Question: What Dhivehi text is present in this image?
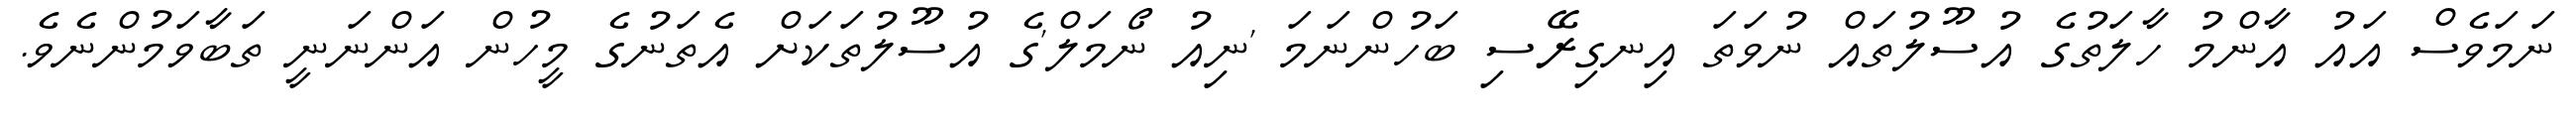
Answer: ނަމަވެސް އައު އާންމު ހާލަތުގެ އުސޫލުތައް ނުވަތަ އިނގިރޭސި ބަހުންނަމަ 'ނިއު ނޯމަލް'ގެ އުސޫލުތަކަށް އެތަނުގެ މީހުން އަންނަނީ ތަބާވަމުންނެވެ.